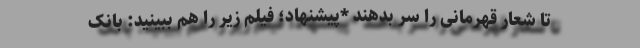
تا شعار قهرمانی را سر بدهند *پیشنهاد؛ فیلم‌ زیر را هم ببینید: بانک